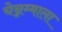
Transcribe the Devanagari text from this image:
चेन्नम्माला